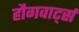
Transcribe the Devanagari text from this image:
हौगवार्ट्स